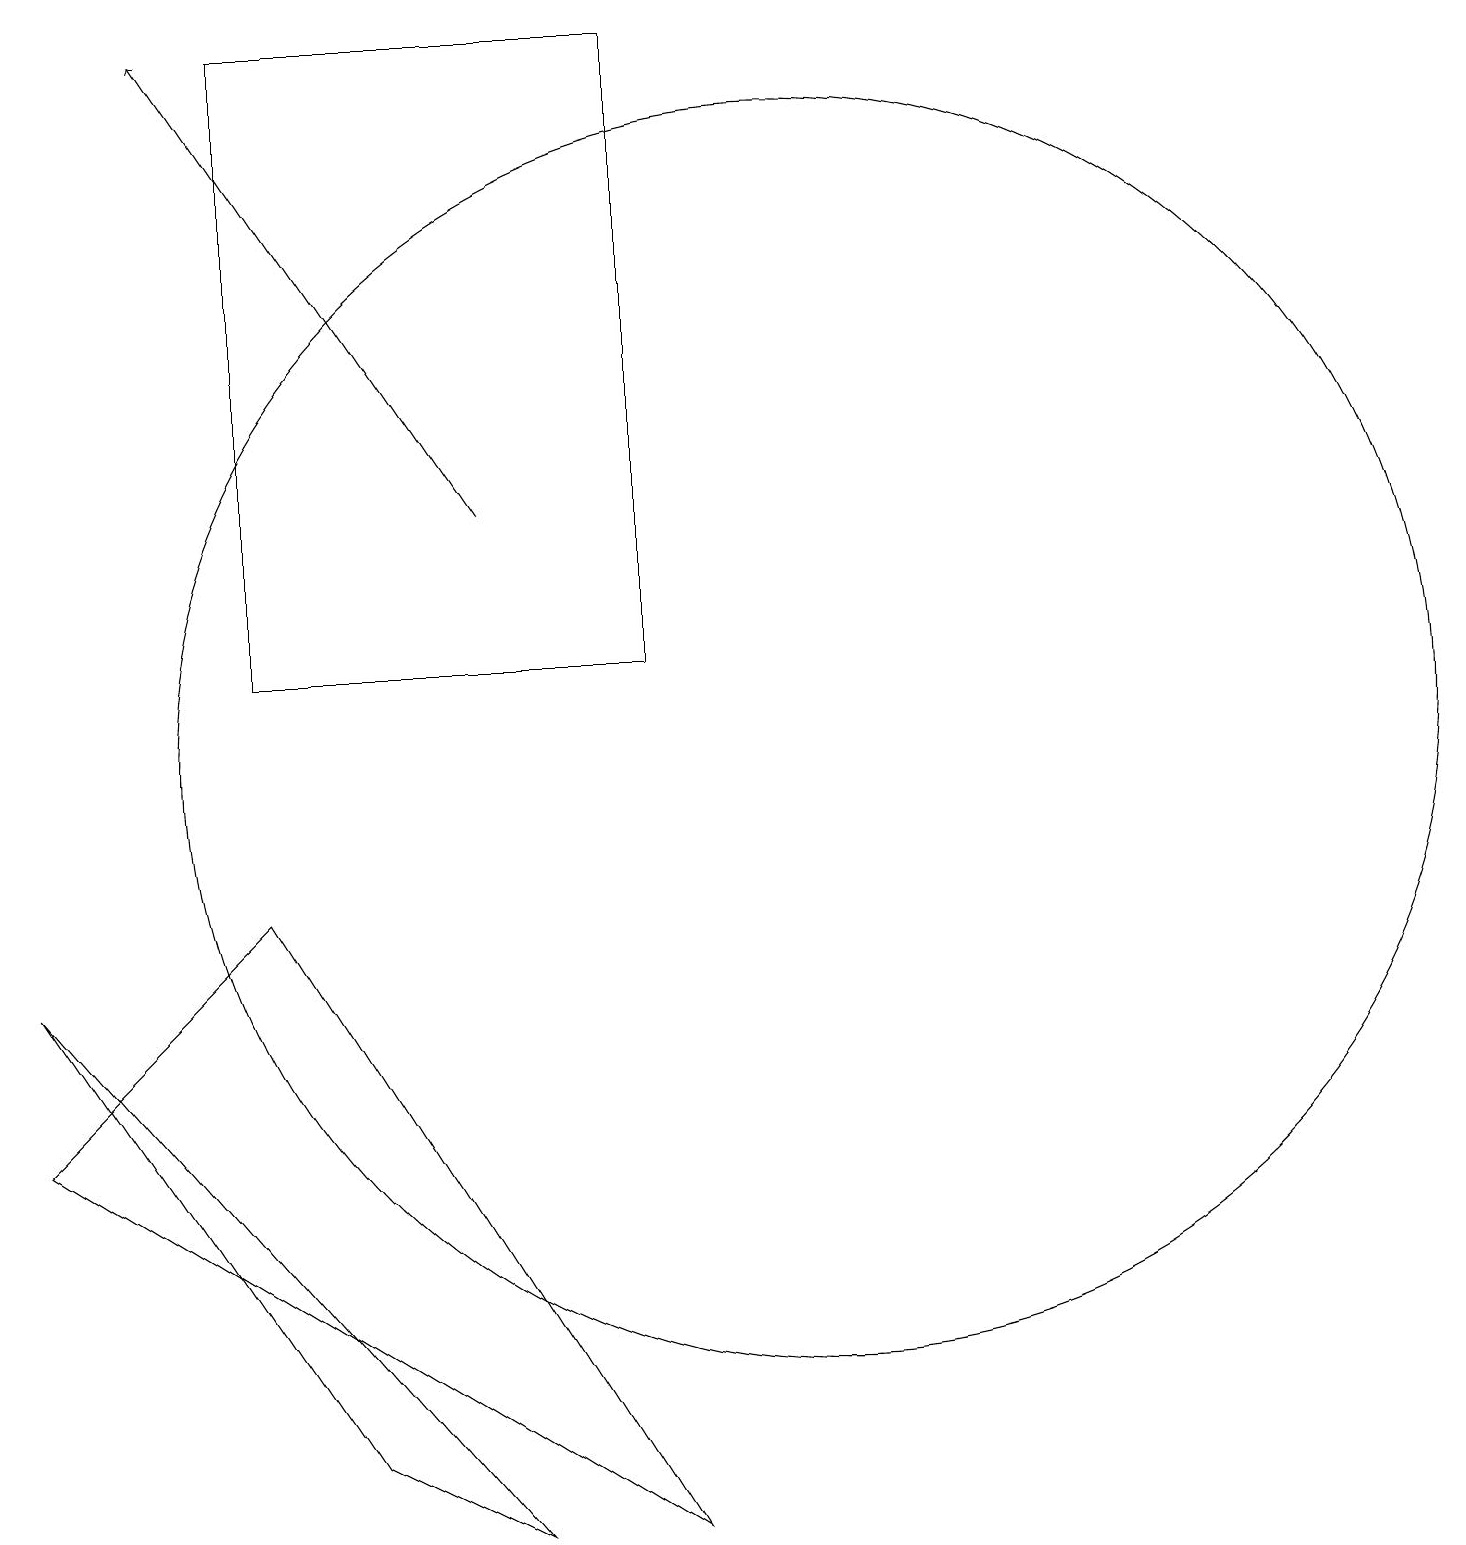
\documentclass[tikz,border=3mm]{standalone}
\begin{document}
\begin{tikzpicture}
\draw[->] (7,13) -- (3,19);
\draw (1,7) -- (5,1) -- (7,0) -- cycle;
\draw (4,8) -- (9,0) -- (1,5) -- cycle;
\draw (11,10) circle (8);
\draw (4,11) rectangle (9,19);
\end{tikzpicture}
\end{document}